Indian journal of veterinary science and animal husbandry - Volume 14,
Year: 1944
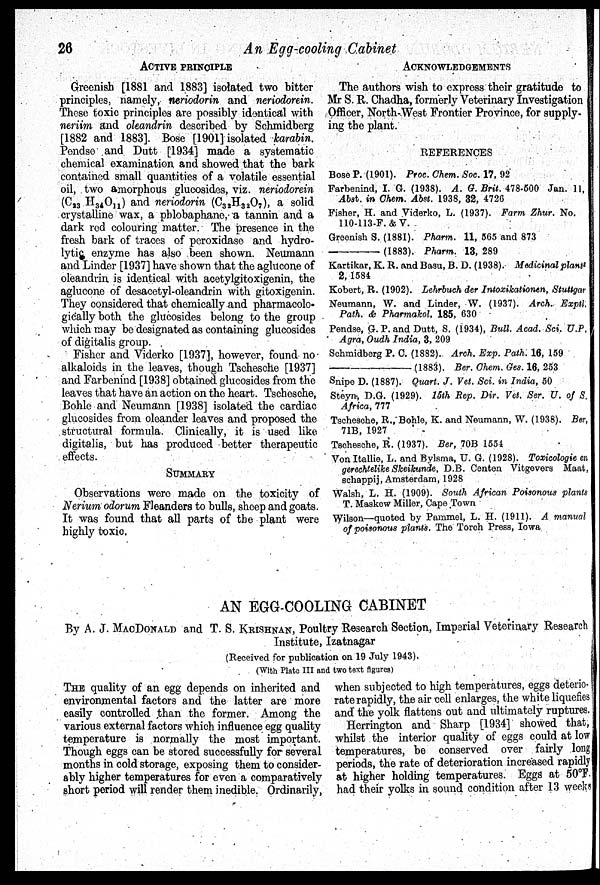
26
An Egg-cooling Cabinet
ACTIVE PRINCIPLE
Greenish [1881 and 1883] isolated two bitter
principles, namely, neriodorin and neriodorein.
These toxic principles are possibly identical with
neriim and oleandrin described by Schmidberg
[1882 and 1883]. Bose [1901] isolated karabin.
Pendse and Dutt [1934] made a systematic
chemical examination and showed that the bark
contained small quantities of a volatile essential
oil, two amorphous glucosides, viz. neriodorein
(C 23 H 34 O 11 ) and neriodorin (C 32 H 32 O 7 ), a solid
crystalline wax, a phlobaphane, a tannin and a
dark red colouring matter. The presence in the
fresh bark of traces of peroxidase and hydro-
lytic enzyme has also been shown. Neumann
and Linder [1937] have shown that the aglucone of
oleandrin is identical with acetylgitoxigenin, the
aglucone of desacetyl-oleandrin with gitoxigenin.
They considered that chemically and pharmacolo-
gically both the glucosides belong to the group
which may be designated as containing glucosides
of digitalis group.
Fisher and Viderko [1937], however, found no
alkaloids in the leaves, though Tschesche [1937]
and Farbenind [1938] obtained glucosides from the
leaves that have an action on the heart. Tschesche,
Bohle and Neumann [1938] isolated the cardiac
glucosides from oleander leaves and proposed the
structural formula. Clinically, it is used like
digitalis, but has produced better therapeutic
effects.
SUMMARY
Observations were made on the toxicity of
Nerium odorum Fleanders to bulls, sheep and goats.
It was found that all parts of the plant were
highly toxic.
ACKNOWLEDGEMENTS
The authors wish to express their gratitude to
Mr S. R. Chadha, formerly Veterinary Investigation
Officer, North-West Frontier Province, for supply-
ing the plant.
REFERENCES
Bose P. (1901). Proc. Chem. Soc. 17, 92
Farbenind, I. G. (1938). A. G. Brit. 478-500 Jan. 11,
Abst. in Chem. Abst. 1938, 32, 4726
Fisher, H. and Viderko, L. (1937). Farm Zhur. No.
110-113-F. &V.
Greenish S. (1881). Pharm. 11, 565 and 873
———(1883).
Pharm. 13, 289
Kartikar, K. R. and Basu, B. D. (1938). Medicinal plants
2, 1584
Kobert, R. (1902). Lehrbuch der Intoxikationen, Stuttgar
Neumann, W. and Linder, W. (1937). Arch. Exptl.
Path. & Pharmakol. 185, 630
Pendse, G. P. and Dutt, S. (1934), Bull. Acad. Sci. U.P.
Agra, Oudh India, 3, 209
Schmidberg P. C. (1882). Arch. Exp. Path. 16, 159
—(1883).
Ber. Chem. Ges. 16, 253
Snipe D. (1887). Quart. J. Vet. Sci. in India, 50
Steyn; D.G. (1929). 15th Rep. Dir. Vet. Ser. U. of S.
Africa, 777
Tschesche, R., Bohle, K. and Neumann, W. (1938). Ber,
71B, 1927
Tschesche, R. (1937). Ber, 70B 1554
Von Itallie, L. and Bylsma, U. G. (1928). Toxicologie en
gerechtelike Skeikunde, D.B. Centen Vitgevers Maat.
schappij, Amsterdam, 1928
Walsh, L. H. (1909). South African Poisonous plants
T. Maskew Miller, Cape Town
Wilson—quoted by Pammel, L. H. (1911). A manual
of poisonous plants. The Torch Press, Iowa
AN EGG-COOLING CABINET
By A. J. MACDONALD and T. S. KRISHNAN, Poultry Research Section, Imperial Veterinary Research
Institute, Izatnagar
(Received for publication on 19 July 1943).
(With Plate III and two text figures)
THE quality of an egg depends on inherited and
environmental factors and the latter are more
easily controlled than the former. Among the
various external factors which influence egg quality
temperature is normally the most important.
Though eggs can be stored successfully for several
months in cold storage, exposing them to consider-
ably higher temperatures for even a comparatively
short period will render them inedible. Ordinarily,
when subjected to high temperatures, eggs deterio-
rate rapidly, the air cell enlarges, the white liquefies
and the yolk flattens out and ultimately ruptures.
Herrington and Sharp [1934] showed that,
whilst the interior quality of eggs could at low
temperatures, be conserved over fairly long
periods, the rate of deterioration increased rapidly
at higher holding temperatures. Eggs at 50°F.
had their yolks in sound condition after 13 weeks